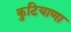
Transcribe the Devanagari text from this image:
कुटियाणा